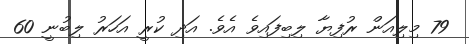
79 މިލިއަން ރުފިޔާ ލިބިފައިވެ އެވެ. އަދި ކުރީ އަހަރު ލިބުނީ 60